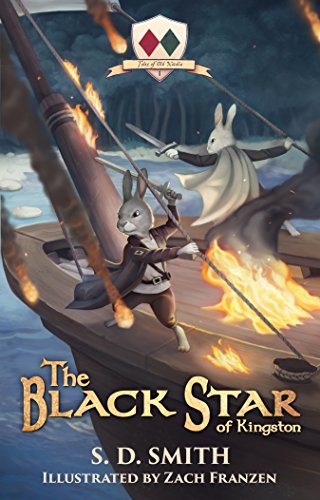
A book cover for The Black Star of Kingston; S. D. Smith; Christian Books & Bibles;